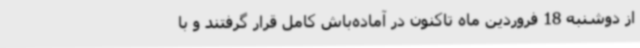
از دوشنبه 18 فروردین ماه تاکنون در آماده‌باش کامل قرار گرفتند و با